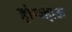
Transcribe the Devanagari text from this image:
हांग्ज्हाऊ